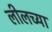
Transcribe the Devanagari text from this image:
लीलच्या